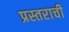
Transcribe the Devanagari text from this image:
प्रस्तराची